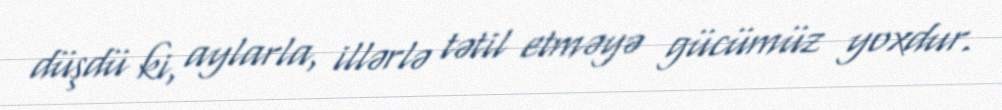
düşdü ki, aylarla, illərlə tətil etməyə gücümüz yoxdur.